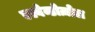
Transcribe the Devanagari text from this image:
एल्बेन्डोज़ोल